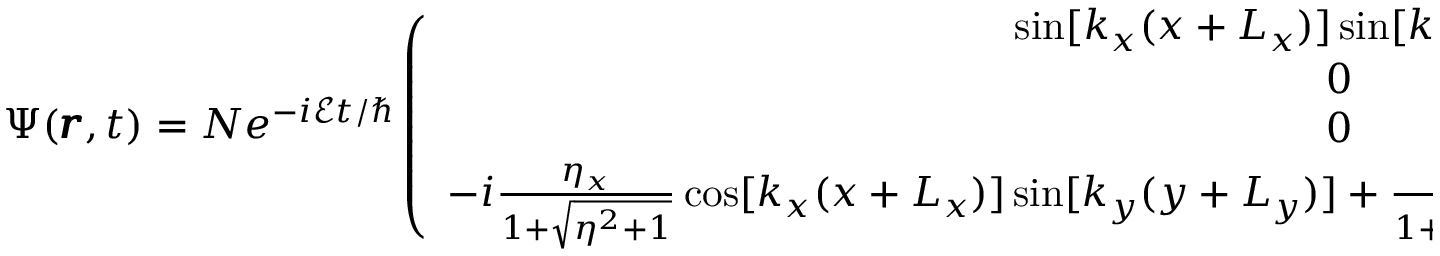
\Psi ( \pmb { r } , t ) = N e ^ { - i \mathcal { E } t / \hbar } \left( \begin{array} { c } { \sin [ k _ { x } ( x + L _ { x } ) ] \sin [ k _ { y } ( y + L _ { y } ) ] } \\ { 0 } \\ { 0 } \\ { - i \frac { \eta _ { x } } { 1 + \sqrt { \eta ^ { 2 } + 1 } } \cos [ k _ { x } ( x + L _ { x } ) ] \sin [ k _ { y } ( y + L _ { y } ) ] + \frac { \eta _ { y } } { 1 + \sqrt { \eta ^ { 2 } + 1 } } \sin [ k _ { x } ( x + L _ { x } ) ] \cos [ k _ { y } ( y + L _ { y } ) ] } \end{array} \right) .